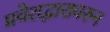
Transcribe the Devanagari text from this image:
प्रवेशद्वारावरुन